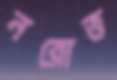
নরোত্ত